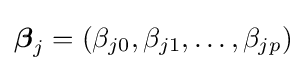
{\boldsymbol {\beta }}_{j}=(\beta _{j0},\beta _{j1},\ldots ,\beta _{jp})